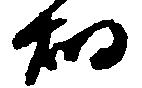
畑